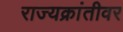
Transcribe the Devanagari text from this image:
राज्यक्रांतीवर